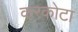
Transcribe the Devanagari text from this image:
करकोटा